Regulations for the medical services of the Army of India
Year: 1930
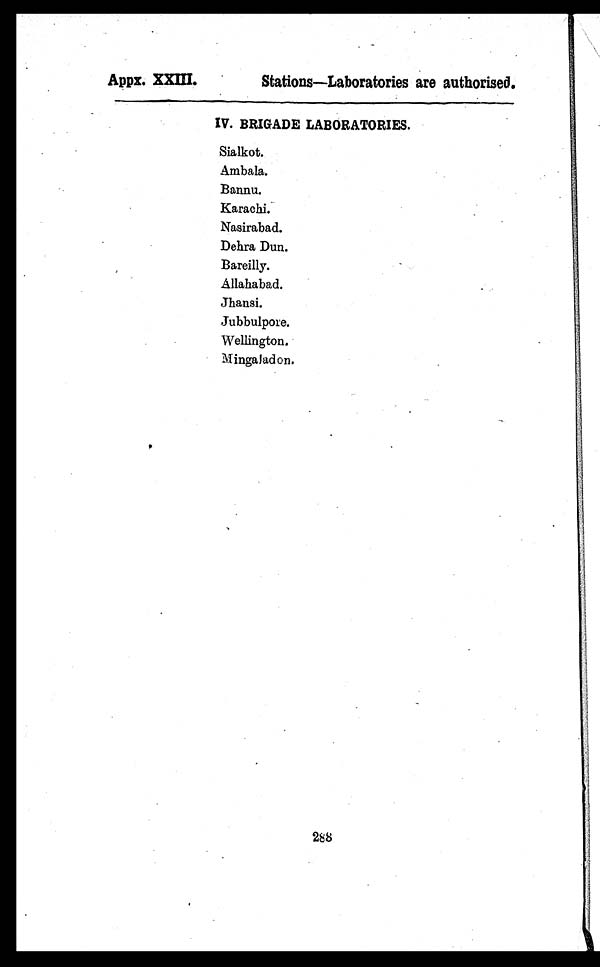
Appx. XXIII. S t a t i o n s — L a b o r a t o r i e s a r e a u t h o r i s e d .
IV. BRIGADE LABORATORIES.
Sialkot.
Ambala.
Bannu.
Karachi.
Nasirabad.
Dehra Dun.
Bareilly.
Allahabad.
Jhansi.
Jubbulpore.
Wellington.
M i n g a l a d o n .
288